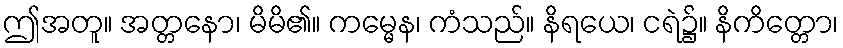
ဤအတူ။ အတ္တနော၊ မိမိ၏။ ကမ္မေန၊ ကံသည်။ နိရယေ၊ ငရဲ၌။ နိကိတ္တော၊